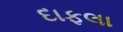
દાફલા